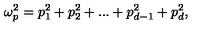
\omega _ { p } ^ { 2 } = p _ { 1 } ^ { 2 } + p _ { 2 } ^ { 2 } + . . . + p _ { d - 1 } ^ { 2 } + p _ { d } ^ { 2 } ,